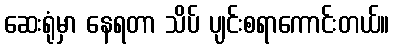
ဆေးရုံမှာ နေရတာ သိပ် ပျင်းစရာကောင်းတယ်။